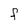
Character: F